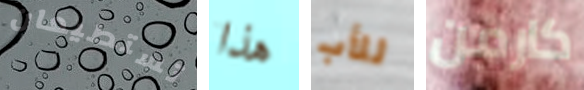
تستطيعان هذا للأب كارمن